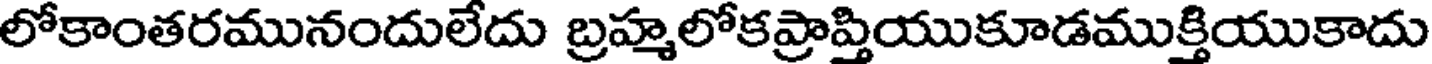
లోకాంతరమునందులేదు బ్రహ్మలోకప్రాప్తియుకూడముక్తియుకాదు